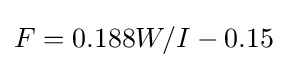
F=0.188W/I-0.15